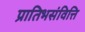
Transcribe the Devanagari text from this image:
प्रातिभसंवित्ति